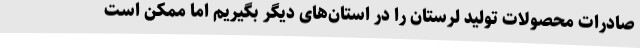
صادرات محصولات تولید لرستان را در استان‌های دیگر بگیریم اما ممکن است